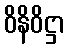
ဝိနိဝိဋ္ဌာ